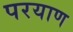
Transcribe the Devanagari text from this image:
परयाण